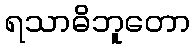
ရသာဓိဘူတော